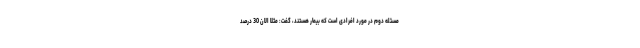
مسئله دوم در مورد افرادی است که بیمار هستند، گفت: مثلا الان 30 درصد